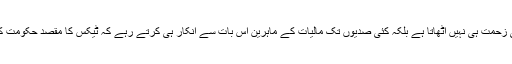
رہا ٹیکس، تو وہ ان اُونچے اہداف کی طرف دیکھنے کی زحمت ہی نہیں اُٹھاتا ہے بلکہ کئی صدیوں تک مالیات کے ماہرین اس بات سے انکار ہی کرتے رہے کہ ٹیکس کا مقصد حکومت کے خزانے بھرنے کے علاوہ کچھ اور بھی ہوسکتا ہے۔